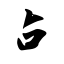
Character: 占